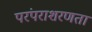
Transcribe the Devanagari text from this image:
परंपराशरणता